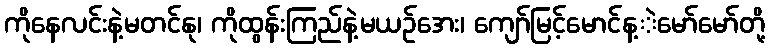
ကိုနေလင်းနဲ့မတင်နု၊ ကိုထွန်းကြည်နဲ့မယဉ်အေး၊ ကျော်မြင့်မောင်န့ဲမော်မော်တို့